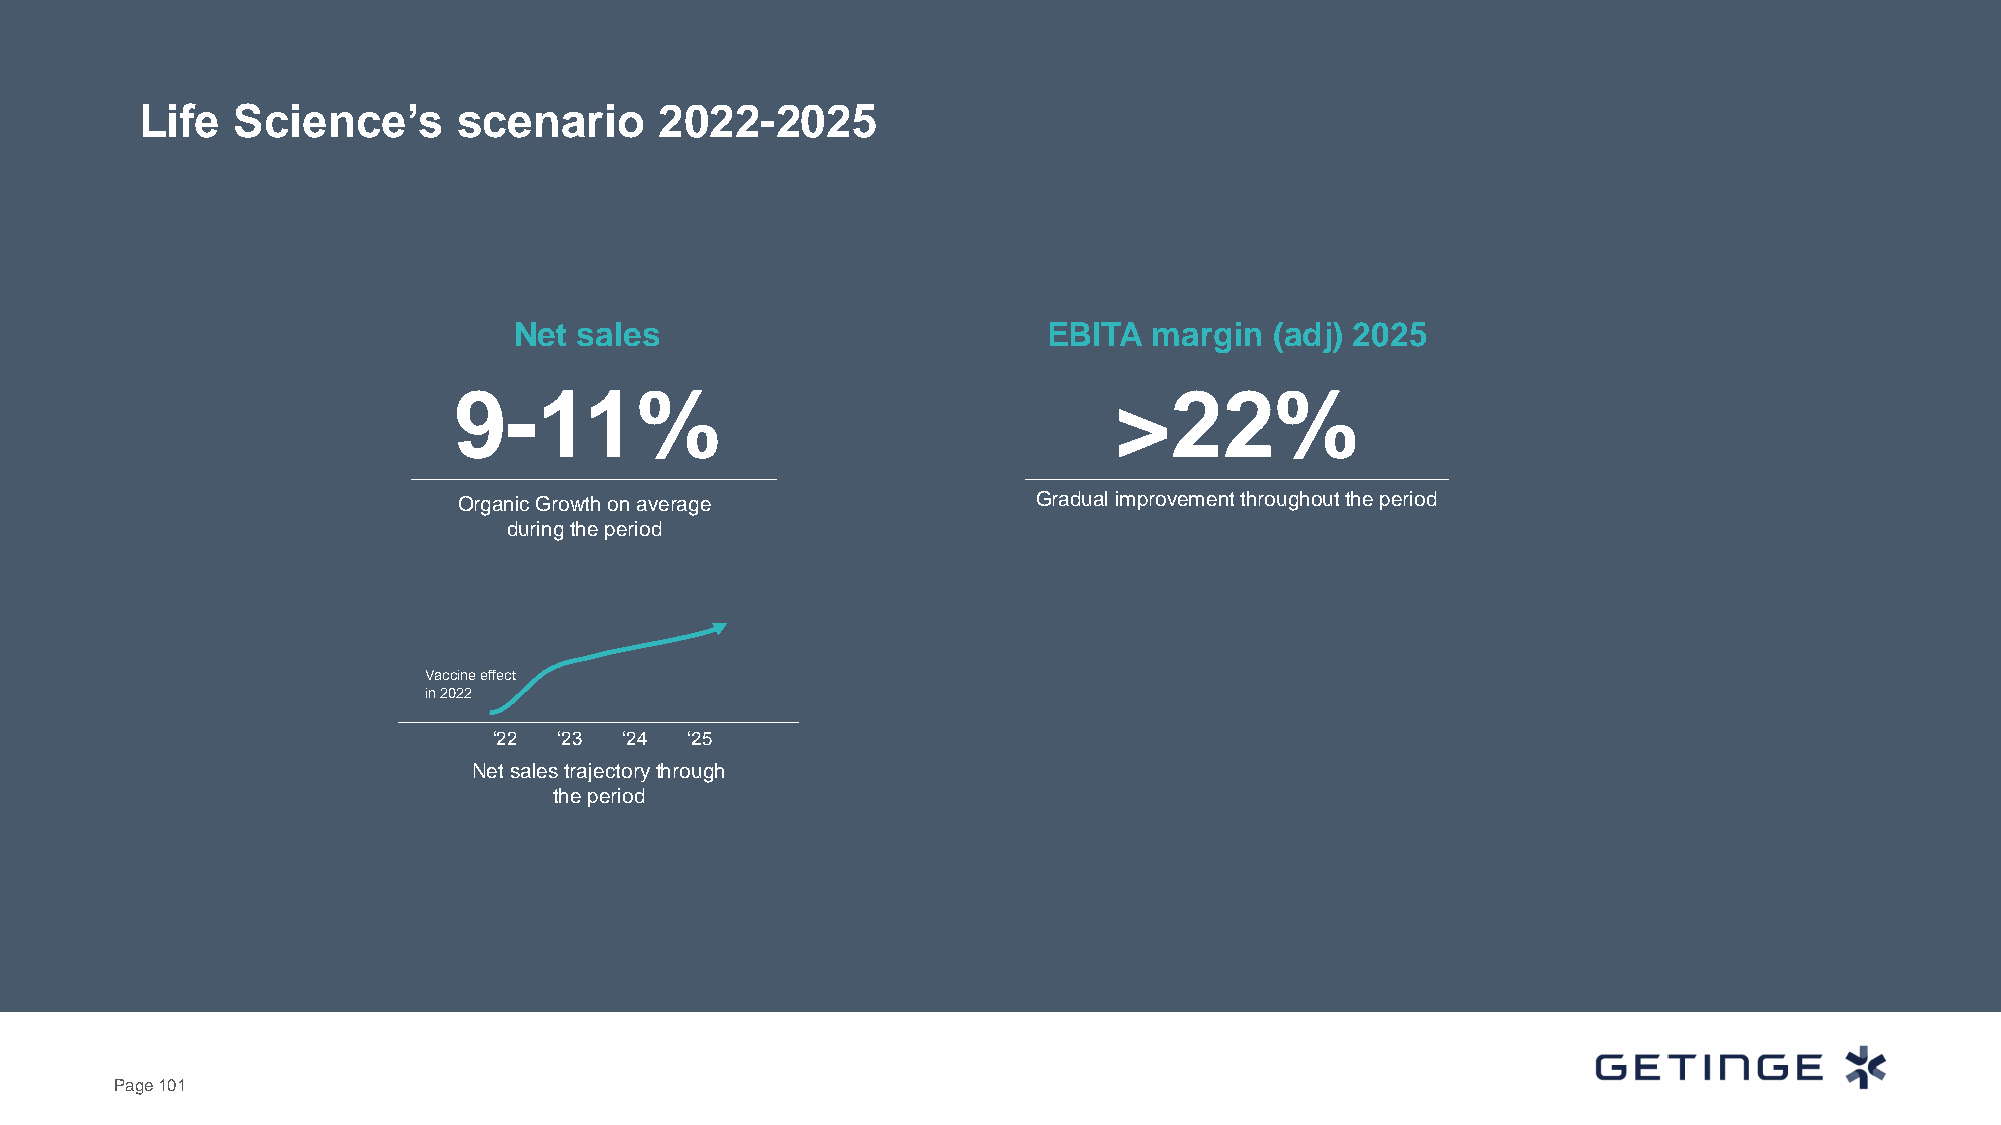
Life  Science’s      scenario      2022-2025
 Net sales                          EBITA  margin  (adj) 2025
 9-11%                                       >22%
 Organic Growth on average              Gradual improvement throughout the period
 during the period
 Vaccine effect
 in 2022
 ‘22 ‘23 ‘24 ‘25
 Net sales trajectory through
 the period
 Page 101